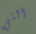
التي